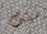
سينت